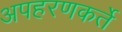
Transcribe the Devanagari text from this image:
अपहरणकर्ते